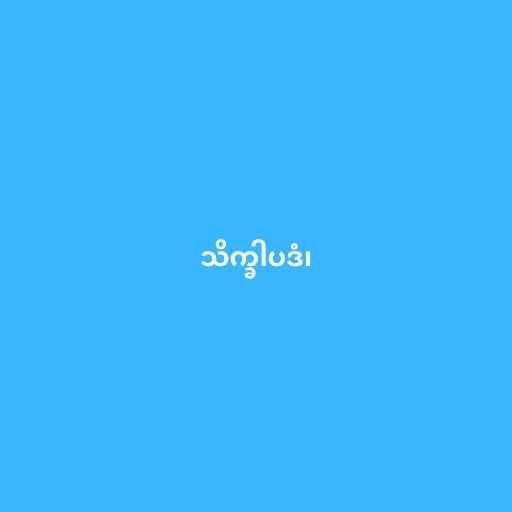
သိက္ခါပဒံ၊